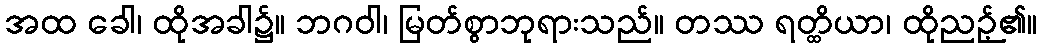
အထ ခေါ၊ ထိုအခါ၌။ ဘဂဝါ၊ မြတ်စွာဘုရားသည်။ တဿ ရတ္ထိယာ၊ ထိုညဉ့်၏။